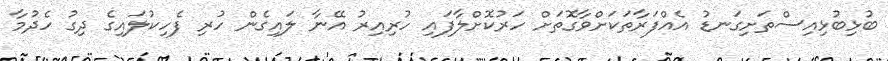
ބުޅިބުޅިއިސްތަށިގަނޑު އެއްފަރާތަކަށްވާގޮތަށް ހަރުކޮށްލާފައި ހުރިއިރު އޭނާ ލައިގެން ހުރި ފެހިކުލައިގެ ދިގު ހެދުމާ